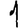
Digit: 1